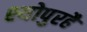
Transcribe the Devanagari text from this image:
श्योपुरहै